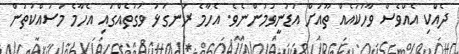
ދެއްކި އެއްވެސް ވާހަކައެއް ތޫއަށް އަޑުނީވުމުންނެވެ. އެހާމެ ރަނގަޅު ވަގުތެއްގައި އެހާމެ މަސައްކަތުން